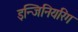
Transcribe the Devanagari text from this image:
इन्जिनियरिंग